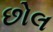
છોલ